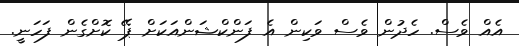
އެއް ވެސް. ހެދުން ވެސް ވަކިން އެ ފަންކްޝަންއަކަށް ޕޭ ކޮށްގެން ފަހަނީ.